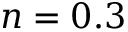
n = 0 . 3